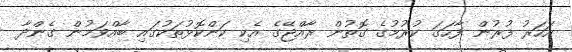
އަހަރު ފުރުން ފާހަގަ ކުރުމުގެ ގޮތުން ރާއްޖޭގެ އެކި ކަންކޮޅުތަކުގައި ބާއްވަމުން ގެންދާ